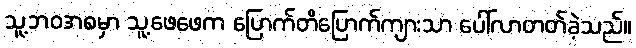
သူ့ဘဝအစမှာ သူ့ဖေဖေက ပြောက်တိပြောက်ကျားသာ ပေါ်လာတတ်ခဲ့သည်။